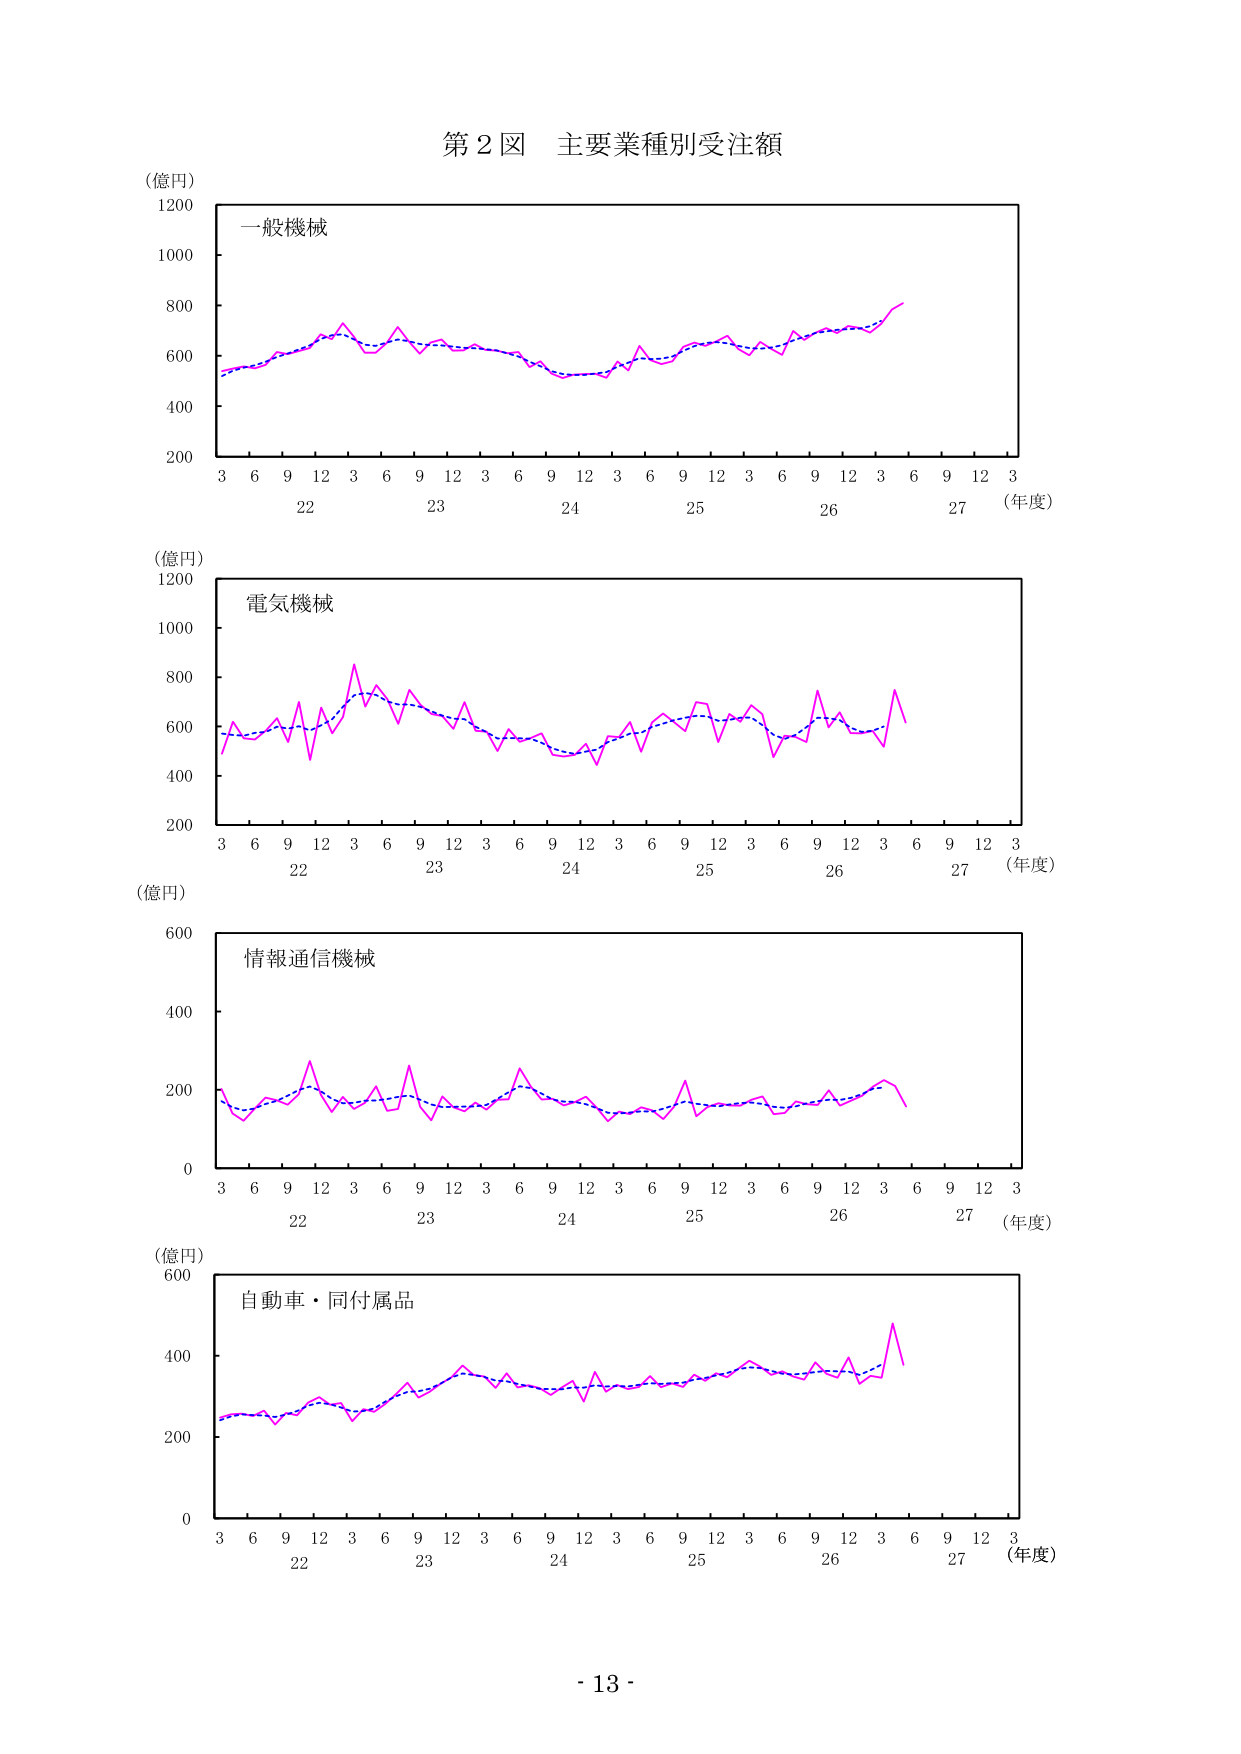
第２図 主要業種別受注額

（億円）
1200
1000
800
600
400
200
一般機械
3 6 9 12 3 6 9 12 3 6 9 12 3 6 9 12 3 6 9 12 3
22 23 24 25 26 27 （年度）

（億円）
1200
1000
800
600
400
200
電気機械
3 6 9 12 3 6 9 12 3 6 9 12 3 6 9 12 3 6 9 12 3
22 23 24 25 26 27 （年度）

（億円）
600
400
200
0
情報通信機械
3 6 9 12 3 6 9 12 3 6 9 12 3 6 9 12 3 6 9 12 3
22 23 24 25 26 27 （年度）

（億円）
600
400
200
0
自動車・同付属品
3 6 9 12 3 6 9 12 3 6 9 12 3 6 9 12 3 6 9 12 3
22 23 24 25 26 27 （年度）

- 13 -